Annual statistical returns and brief notes on vaccination in Bengal - 1909-1929
Year: 1909
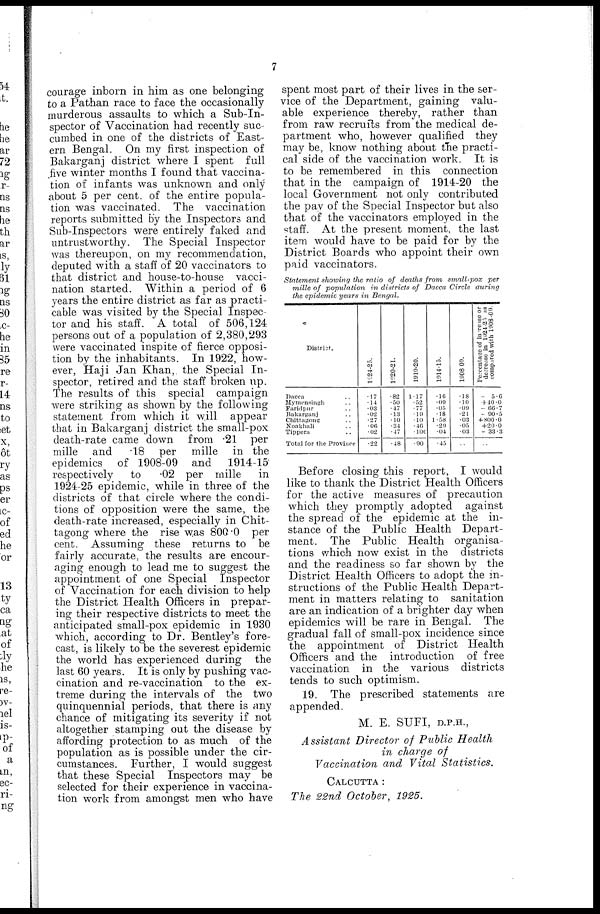
7
courage inborn in him as one belonging
to a Pathan race to face the occasionally
murderous assaults to which a Sub-In-
spector of Vaccination had recently suc-
cumbed in one of the districts of East-
ern Bengal. On my first inspection of
Bakarganj district where I spent full
five winter months I found that vaccina-
tion of infants was unknown and only
about 5 per cent. of the entire popula-
tion was vaccinated. The vaccination
reports submitted by the Inspectors and
Sub-Inspectors were entirely faked and
untrustworthy. The Special Inspector
was thereupon, on my recommendation,
deputed with a staff of 20 vaccinators to
that district and house-to-house vacci-
nation started. Within a period of 6
years the entire district as far as practi-
cable was visited by the Special Inspec-
tor and his staff. A total of 506,124
persons out of a population of 2,380,293
were vaccinated inspite of fierce opposi-
tion by the inhabitants. In 1922, how-
ever, Haji Jan Khan, the Special In-
spector, retired and the staff broken up.
The results of this special campaign
were striking as shown by the following
statement from which it will appear
that in Bakarganj district the small-pox
death-rate came down from .21 per
mille and .18 per mille in the
epidemics of 1908-09 and 1914-15
respectively
to
.02 per mille in
1924-25 epidemic, while in three of the
districts of that circle where the condi-
tions of opposition were the same, the
death-rate increased, especially in Chit-
tagong where the rise was 800.0 per
cent. Assuming these returns to be
fairly accurate, the results are encour-
aging enough to lead me to suggest the
appointment of one Special Inspector
of Vaccination for each division to help
the District Health Officers in prepar-
ing their respective districts to meet the
anticipated small-pox epidemic in 1930
which, according to Dr. Bentley's fore-
cast, is likely to be the severest epidemic
the world has experienced during the
last 60 years. It is only by pushing vac-
cination and re-vaccination to the ex-
treme during the intervals of the two
quinquennial periods, that there is any
chance of mitigating its severity if not
altogether stamping out the disease by
affording protection to as much of the
population as is possible under the cir-
cumstances. Further, I would suggest
that these Special Inspectors may be
selected for their experience in vaccina-
tion work from amongst men who have
spent most part of their lives in the ser-
vice of the Department, gaining valu-
able experience thereby, rather than
from raw recruits from the medical de-
partment who, however qualified they
may be, know nothing about the practi-
cal side of the vaccination work. It is
to be remembered in this connection
that in the campaign of 1914-20 the
local Government not only contributed
the pay of the Special Inspector but also
that of the vaccinators employed in the
staff. At the present moment, the last
item would have to be paid for by the
District Boards who appoint their own
paid vaccinators.
Statement showing the ratio of deaths from small-pox
per
mille of population
in districts of Dacca Circle during
the epidemic years in Bengal.
District.
Dacca ..
Mymensingh ..
Faridpur ..
Bakarganj ..
Chittagong ..
Noakhali ..
Tippera ..
Total for the Province
1924-25.
.17
.14
.03
.02
.27
.06
.02
.22
1920-21.
.82
.50
.47
.13
.10
.34
.47
.48
1919-20.
1.17
.52
. 77
.19
.10
.46
.100
.90
1914-15.
.16
.09
.05
.18
1.58
.29
.04
.45
1908 09.
.18
.10
.09
.21
.03
.05
03
..
Percentage of increse or
decrease in 1924-25 as
compared with 1908-09.
- 5.0
+40.0
- 66.7
- 90.5
+800.0
+20.0
- 33.3
..
Before closing this report, I would
like to thank the District Health Officers
for the active measures of precaution
which they promptly adopted against
the spread of the epidemic at the in-
stance of the Public Health Depart-
ment. The Public Health organisa-
tions which now exist in the districts
and the readiness so far shown by the
District Health Officers to adopt the in-
structions of the Public Health Depart-
ment in matters relating to sanitation
are an indication of a brighter day when
epidemics will be rare in Bengal. The
gradual fall of small-pox incidence since
the appointment of District Health
Officers and the introduction of free
vaccination in the various districts
tends to such optimism.
19. The prescribed statements are
appended.
M. E. SUFI, D.P.H.,
Assistant Director of Public Health
in charge of
Vaccination and Vital Statistics.
CALCUTTA :
The 22nd October, 1925.